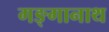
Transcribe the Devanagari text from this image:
गङ्गानाथ